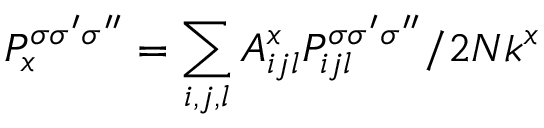
P _ { x } ^ { \sigma \sigma ^ { \prime } \sigma ^ { \prime \prime } } = \sum _ { i , j , l } A _ { i j l } ^ { x } P _ { i j l } ^ { \sigma \sigma ^ { \prime } \sigma ^ { \prime \prime } } / 2 N k ^ { x }